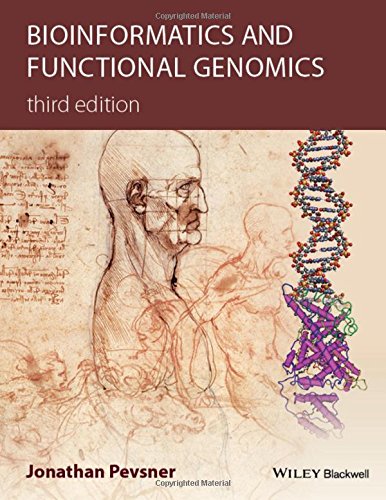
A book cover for Bioinformatics and Functional Genomics; Jonathan Pevsner; Computers & Technology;